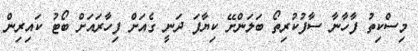
މިސްކިތު ފާހާނާ ސާފުކުރިތޯ ބަލަންށޭ ކިޔާފަ ދަނީ ގެއަށް ފިހާރައަށް ބޯޓު ކައިރިން